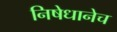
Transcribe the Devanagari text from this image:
निषेधानेच